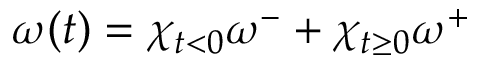
\omega ( t ) = \chi _ { t < 0 } \omega ^ { - } + \chi _ { t \geq 0 } \omega ^ { + }